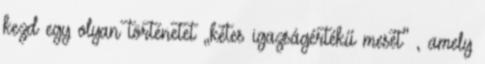
kezd egy olyan történetet „kétes igazságértékű mesét” , amely